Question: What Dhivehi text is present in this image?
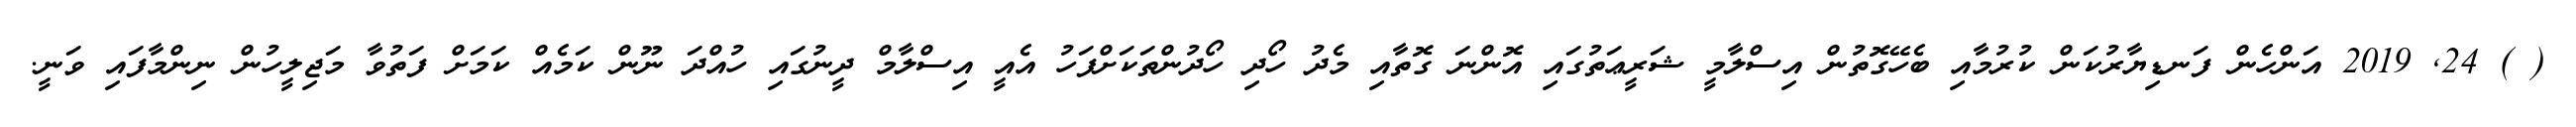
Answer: ( ) 24, 2019 އަންހެން ފަނޑިޔާރުކަން ކުރުމާއި ބެހޭގޮތުން އިސްލާމީ ޝަރީޢަތުގައި އޮންނަ ގޮތާއި މެދު ހޯދި ހޯދުންތަކަށްފަހު އެއީ އިސްލާމް ދީނުގައި ހުއްދަ ނޫން ކަމެއް ކަމަށް ފަތުވާ މަޖިލީހުން ނިންމާފައި ވަނީ.